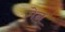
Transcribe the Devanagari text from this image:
मेन्